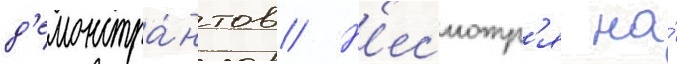
д'емонстра́нтов // Н'есмотр'я на́